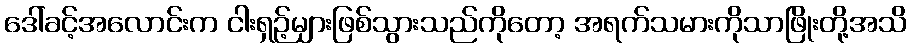
ဒေါ်ခင့်အလောင်းက ငါးရှဉ့်များဖြစ်သွားသည်ကိုတော့ အရက်သမားကိုသာဖြိုးတို့အသိ